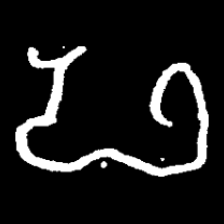
Pyu character \u2014 Myanmar letter: ဖ (romanized: pha)